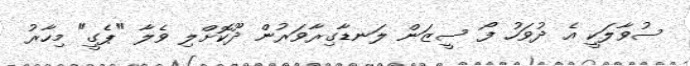
ސުވާލަކީ އެ ދުވަހު ފޯ ސީޒަން ލަނޑާގިރާވަރުން ދޫކޮށްލި ވެލާ "ޕެގީ" މިހާރު